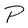
Character: P